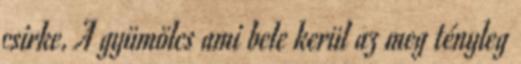
csirke. A gyümölcs ami bele kerül az meg tényleg